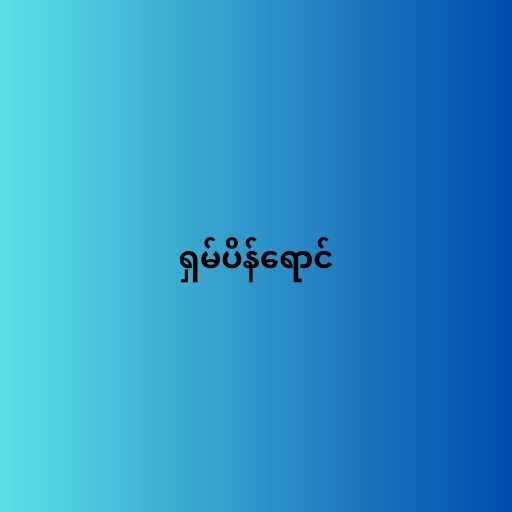
ရှမ်ပိန်ရောင်